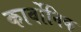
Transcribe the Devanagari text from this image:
कार्वोनिक